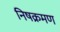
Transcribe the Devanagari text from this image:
निषक्रमण